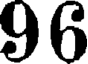
96